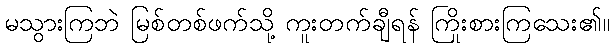
မသွားကြဘဲ မြစ်တစ်ဖက်သို့ ကူးတက်ချီရန် ကြိုးစားကြသေး၏။